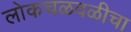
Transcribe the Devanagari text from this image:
लोकचळवळीचा